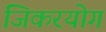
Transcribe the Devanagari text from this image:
जिकरयोग